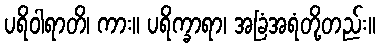
ပရိဝါရာတိ၊ ကား။ ပရိက္ခာရာ၊ အခြံအရံတို့တည်း။